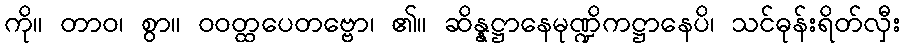
ကို။ တာဝ၊ စွာ။ ဝဝတ္ထပေတဗ္ဗော၊ ၏။ ဆိန္နဋ္ဌာနေမုဏ္ဍိကဋ္ဌာနေပိ၊ သင်ဓုန်းရိတ်လှီး